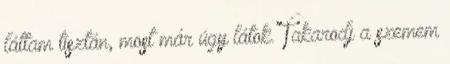
láttam tisztán, most már úgy látok. Takarodj a szemem